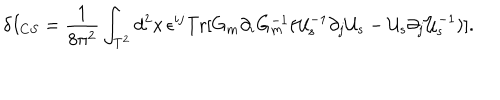
\delta I _ { C S } = \frac { 1 } { 8 \pi ^ { 2 } } \int _ { T ^ { 2 } } d ^ { 2 } x \, \epsilon ^ { i j } \mathrm { T r } [ G _ { m } \partial _ { i } G _ { m } ^ { - 1 } ( { \cal U } _ { s } ^ { - 1 } \partial _ { j } { \cal U } _ { s } - { \cal U } _ { s } \partial _ { j } { \cal U } _ { s } ^ { - 1 } ) ] .